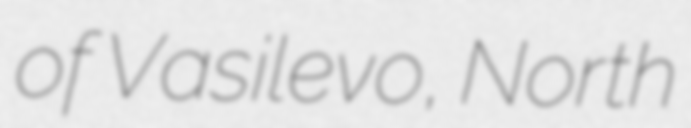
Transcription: of Vasilevo, North